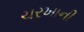
ચરખાની